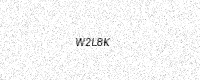
Text: W2L8K